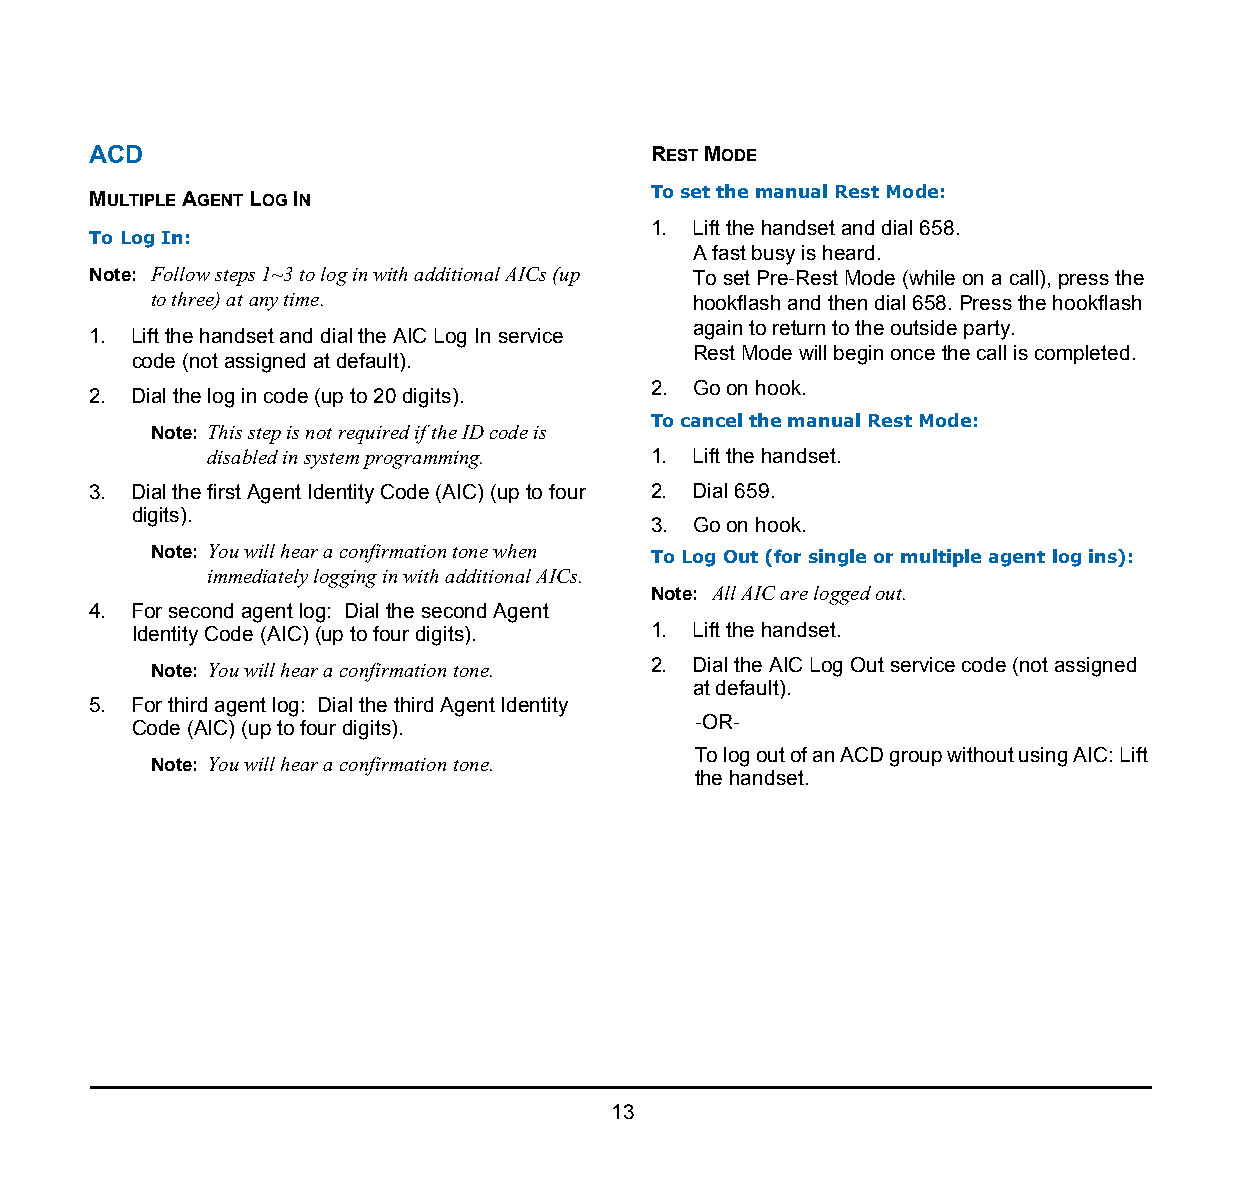
1.
 ACD                                   REST MODE
 MULTIPLE AGENT LOG IN                 To set the manual Rest Mode:
 1. Lift the handset and dial 658.
 To Log In:
 A fast busy is heard.
 Note: Follow steps 1~3 to log in with additional AICs (up To set Pre-Rest Mode (while on a call), press the
 to three) at any time.              hookflash and then dial 658. Press the hookflash
 again to return to the outside party.
 1. Lift the handset and dial the AIC Log In service
 Rest Mode will begin once the call is completed.
 code (not assigned at default).
 2. Go on hook.
 2. Dial the log in code (up to 20 digits).
 To cancel the manual Rest Mode:
 Note: This step is not required if the ID code is
 disabled in system programming. 1. Lift the handset.
 3. Dial the first Agent Identity Code (AIC) (up to four 2. Dial 659.
 digits).
 3. Go on hook.
 Note: You will hear a confirmation tone when To Log Out (for single or multiple agent log ins):
 immediately logging in with additional AICs.
 Note: All AIC are logged out.
 4. For second agent log: Dial the second Agent
 Identity Code (AIC) (up to four digits). 1. Lift the handset.
 Note: You will hear a confirmation tone. 2. Dial the AIC Log Out service code (not assigned
 at default).
 5. For third agent log: Dial the third Agent Identity
 -OR-
 Code (AIC) (up to four digits).
 To log out of an ACD group without using AIC: Lift
 Note: You will hear a confirmation tone.
 the handset.
 13